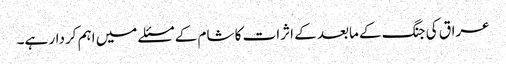
عراق کی جنگ کے مابعد کے اثرات کا شام کے مسئلے میں اہم کردار ہے۔